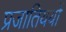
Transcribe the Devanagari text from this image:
प्रजातिययों